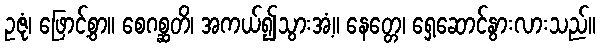
ဥဇုံ၊ ဖြောင့်စွာ။ စေဂစ္ဆတိ၊ အကယ်၍သွားအံ့။ နေတ္တေ၊ ရှေ့ဆောင်နွားလားသည်။